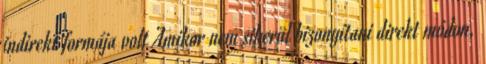
indirekt formája volt Amikor nem sikerül bizonyítani direkt módon,